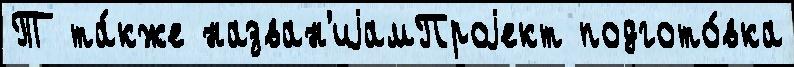
Т та́кже назван'иjамПроjект подгото́вка